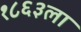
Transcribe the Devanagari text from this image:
१८६३ला